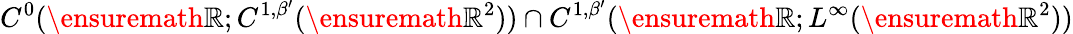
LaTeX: C^{0}(\ensuremath{\mathbb{R}};C^{1,\beta^{\prime}}(\ensuremath{\mathbb{R}}^{2}))\cap C^{1,\beta^{\prime}}(\ensuremath{\mathbb{R}};L^{\infty}(\ensuremath{\mathbb{R}}^{2}))